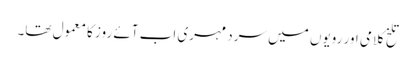
تلخ کلامی اور رویوں میں سرد مہری اب آئے روز کا معمول تھا۔